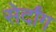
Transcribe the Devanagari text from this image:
सेर्दांग